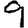
Digit: 9